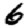
Digit: 6